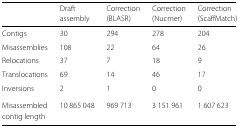
|  | Draft | Correction | Correction | Correction |
 |  | assembly | (BLASR) | (Nucmer) | (ScaffMatch) |
 | --- | --- | --- | --- | --- |
 | Contigs | 30 | 294 | 278 | 204 |
 | Misassemblies | 108 | 22 | 64 | 26 |
 | Relocations | 37 | 7 | 18 | 9 |
 | Translocations | 69 | 14 | 46 | 17 |
 | Inversions | 2 | 1 | 0 | 0 |
 | Misassembled | 10 865 048 | 969 713 | 3 151 961 | 1 607 623 |
 | contig length |  |  |  |  |